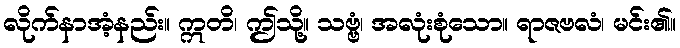
လိုက်နာအံ့နည်း။ ဣတိ၊ ဤသို့။ သဗ္ဗံ၊ အလုံးစုံသော။ ရာဇဗလံ၊ မင်း၏။